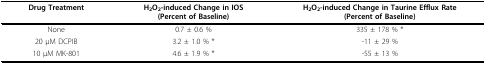
<table><thead><tr><td><b>Drug Treatment</b></td><td><b>H<sub>2</sub>O<sub>2</sub>-induced Change in IOS(Percent of Baseline)</b></td><td><b>H<sub>2</sub>O<sub>2</sub>-induced Change in Taurine Efflux Rate(Percent of Baseline)</b></td></tr></thead><tbody><tr><td>None</td><td>0.7 ± 0.6 %</td><td>335 ± 178 % *</td></tr><tr><td>20 μM DCPIB</td><td>3.2 ± 1.0 % *</td><td>-11 ± 29 %</td></tr><tr><td>10 μM MK-801</td><td>4.6 ± 1.9 % *</td><td>-55 ± 13 %</td></tr></tbody></table>